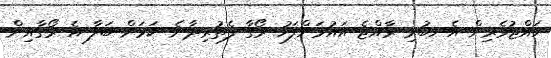
ހައްޖުވެރިން އެނބުރި ރާއްޖެ އައުމަށްފަހު ރޯގާ ފެތުރިދާނެ ކަމަށް ބަލާ އެ ރޯގާއިން